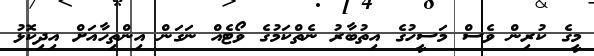
މީގެ ކުރިން ވެސް މަސީހުގެ އިތުބާރު ނެތްކަމުގެ ވޯޓެއް ނަގަން އިންތިހާއަށް އިދިކޮޅު